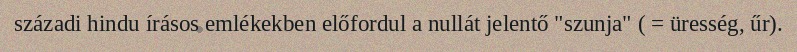
századi hindu írásos emlékekben előfordul a nullát jelentő "szunja" ( = üresség, űr).